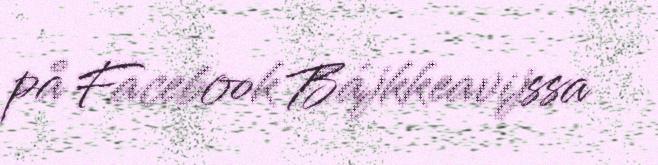
på Facebook Bájkkeavijssa